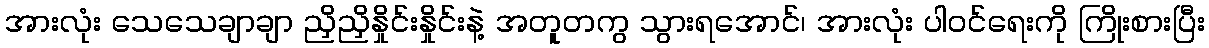
အားလုံး သေသေချာချာ ညှိညှိနှိုင်းနှိုင်းနဲ့ အတူတကွ သွားရအောင်၊ အားလုံး ပါဝင်ရေးကို ကြိုးစားပြီး